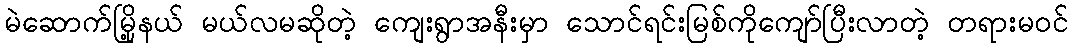
မဲဆောက်မြို့နယ် မယ်လမဆိုတဲ့ ကျေးရွာအနီးမှာ သောင်ရင်းမြစ်ကိုကျော်ပြီးလာတဲ့ တရားမဝင်